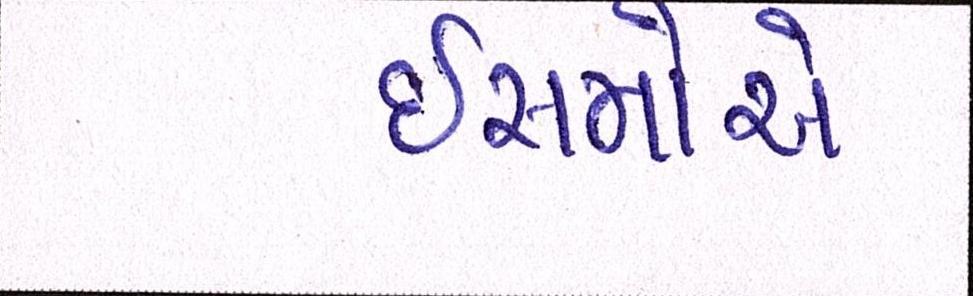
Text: ઈસમોએ